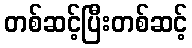
တစ်ဆင့်ပြီးတစ်ဆင့်